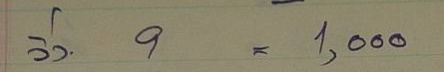
วิ่ง 9 = 1,000